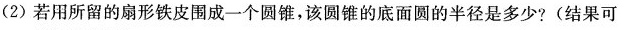
(2)若用所留的扇形铁皮围成一个圆锥，该圆锥的底面圆的半径是多少?(结果可